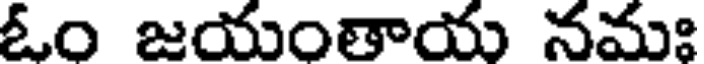
ఓం జయంతాయ నమః